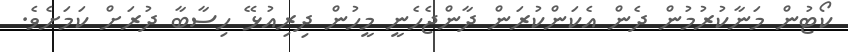
ކޯޓުން މަނާކުރުމުން ދެން އެކަންކުރަން ދާންޖެހެނީ މީހުން ދިރިއުޅޭ ހިސާބާ ދުރަށް ކަމަށެވެ.